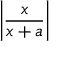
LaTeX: \left| { \frac { x } { x + a } } \right|